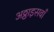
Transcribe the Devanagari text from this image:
अठ्ठाइसवाँ